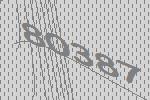
80387